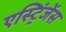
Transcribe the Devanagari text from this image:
एस्ट्रिंजेंस